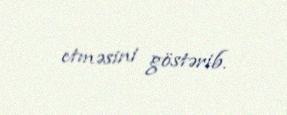
etməsini göstərib.